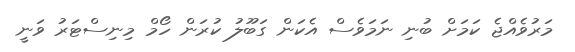
މަރުވެއްޖެ ކަމަށް ބުނި ނަމަވެސް އެކަން ގަބޫލު ކުރަން ހޯމް މިނިސްޓަރު ވަނީ